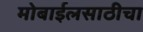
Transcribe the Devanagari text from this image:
मोबाईलसाठीचा